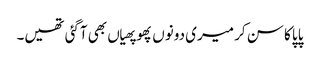
پاپا کا سن کر میری دونوں پھوپھیاں بھی آگئی تھیں۔